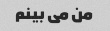
من می بینم